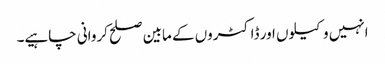
انہیں وکیلوں اور ڈاکٹروں کے مابین صلح کروانی چاہیے۔